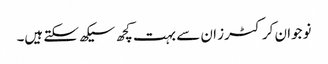
نوجوان کرکٹرز ان سے بہت کچھ سیکھ سکتے ہیں۔